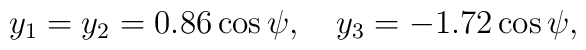
y_1 = y_2 = 0.86\cos\psi,\quad y_3=-1.72\cos\psi,